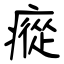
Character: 瘲